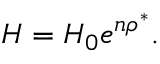
H = H _ { 0 } e ^ { n \rho ^ { * } } .